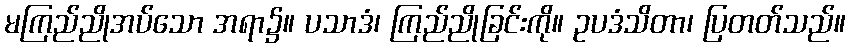
မကြည်ညိုအပ်သော အရာ၌။ ပသာဒံ၊ ကြည်ညိုခြင်းကို။ ဥပဒံသိတာ၊ ပြတတ်သည်။